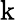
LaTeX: \mathrm{k}